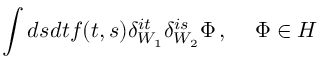
\int d s d t f ( t , s ) \delta _ { W _ { 1 } } ^ { i t } \delta _ { W _ { 2 } } ^ { i s } \Phi \, , \, \, \, \, \, \, \, \Phi \in { \cal H }